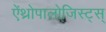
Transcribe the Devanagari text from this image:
ऐंथ्रोपालोजिस्ट्स्